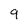
Character: 9